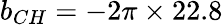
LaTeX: b_{CH}=-2\pi\times 22.8